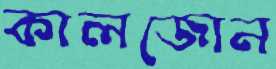
কালজোন